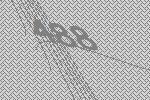
488